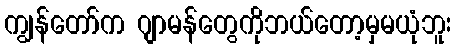
ကျွန်တော်က ဂျာမန်တွေကိုဘယ်တော့မှမယုံဘူး